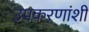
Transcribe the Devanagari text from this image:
उपकरणांशी